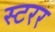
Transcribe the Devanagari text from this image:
स्टरर